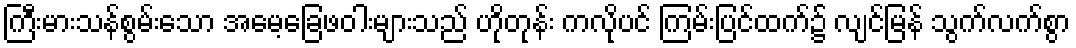
ကြီးမားသန်စွမ်းသော အမေ့ခြေဖဝါးများသည် ဟိုတုန်း ကလိုပင် ကြမ်းပြင်ထက်၌ လျင်မြန် သွက်လက်စွာ